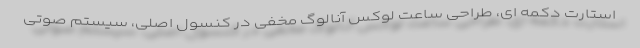
استارت دکمه ای، طراحی ساعت لوکس آنالوگ مخفی در کنسول اصلی، سیستم صوتی